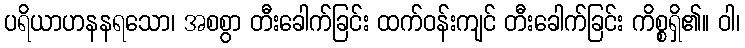
ပရိယာဟနနရသော၊ အစစွာ တီးခေါက်ခြင်း ထက်ဝန်းကျင် တီးခေါက်ခြင်း ကိစ္စရှိ၏။ ဝါ၊